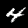
Label: 4